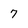
Character: 7